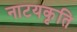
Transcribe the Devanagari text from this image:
नाटयकृति